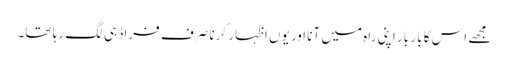
مجھے اس کا بار بار اپنی راہ میں آنا اور یوں اظہار کرنا صرف فراڈ ہی لگ رہا تھا۔